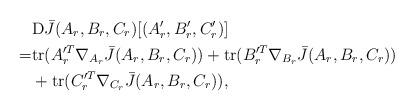
LaTeX: \begin{align*}& {\rm D} \bar{J}(A_r,B_r,C_r)[(A'_r,B'_r,C'_r)] \\= & {\rm tr} (A_r'^T \nabla_{A_r} \bar{J}(A_r,B_r,C_r)) + {\rm tr} (B_r'^T \nabla_{B_r} \bar{J}(A_r,B_r,C_r))\\&+ {\rm tr} (C_r'^T \nabla_{C_r} \bar{J}(A_r,B_r,C_r)),\end{align*}